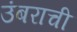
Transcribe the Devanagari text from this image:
उंबराची